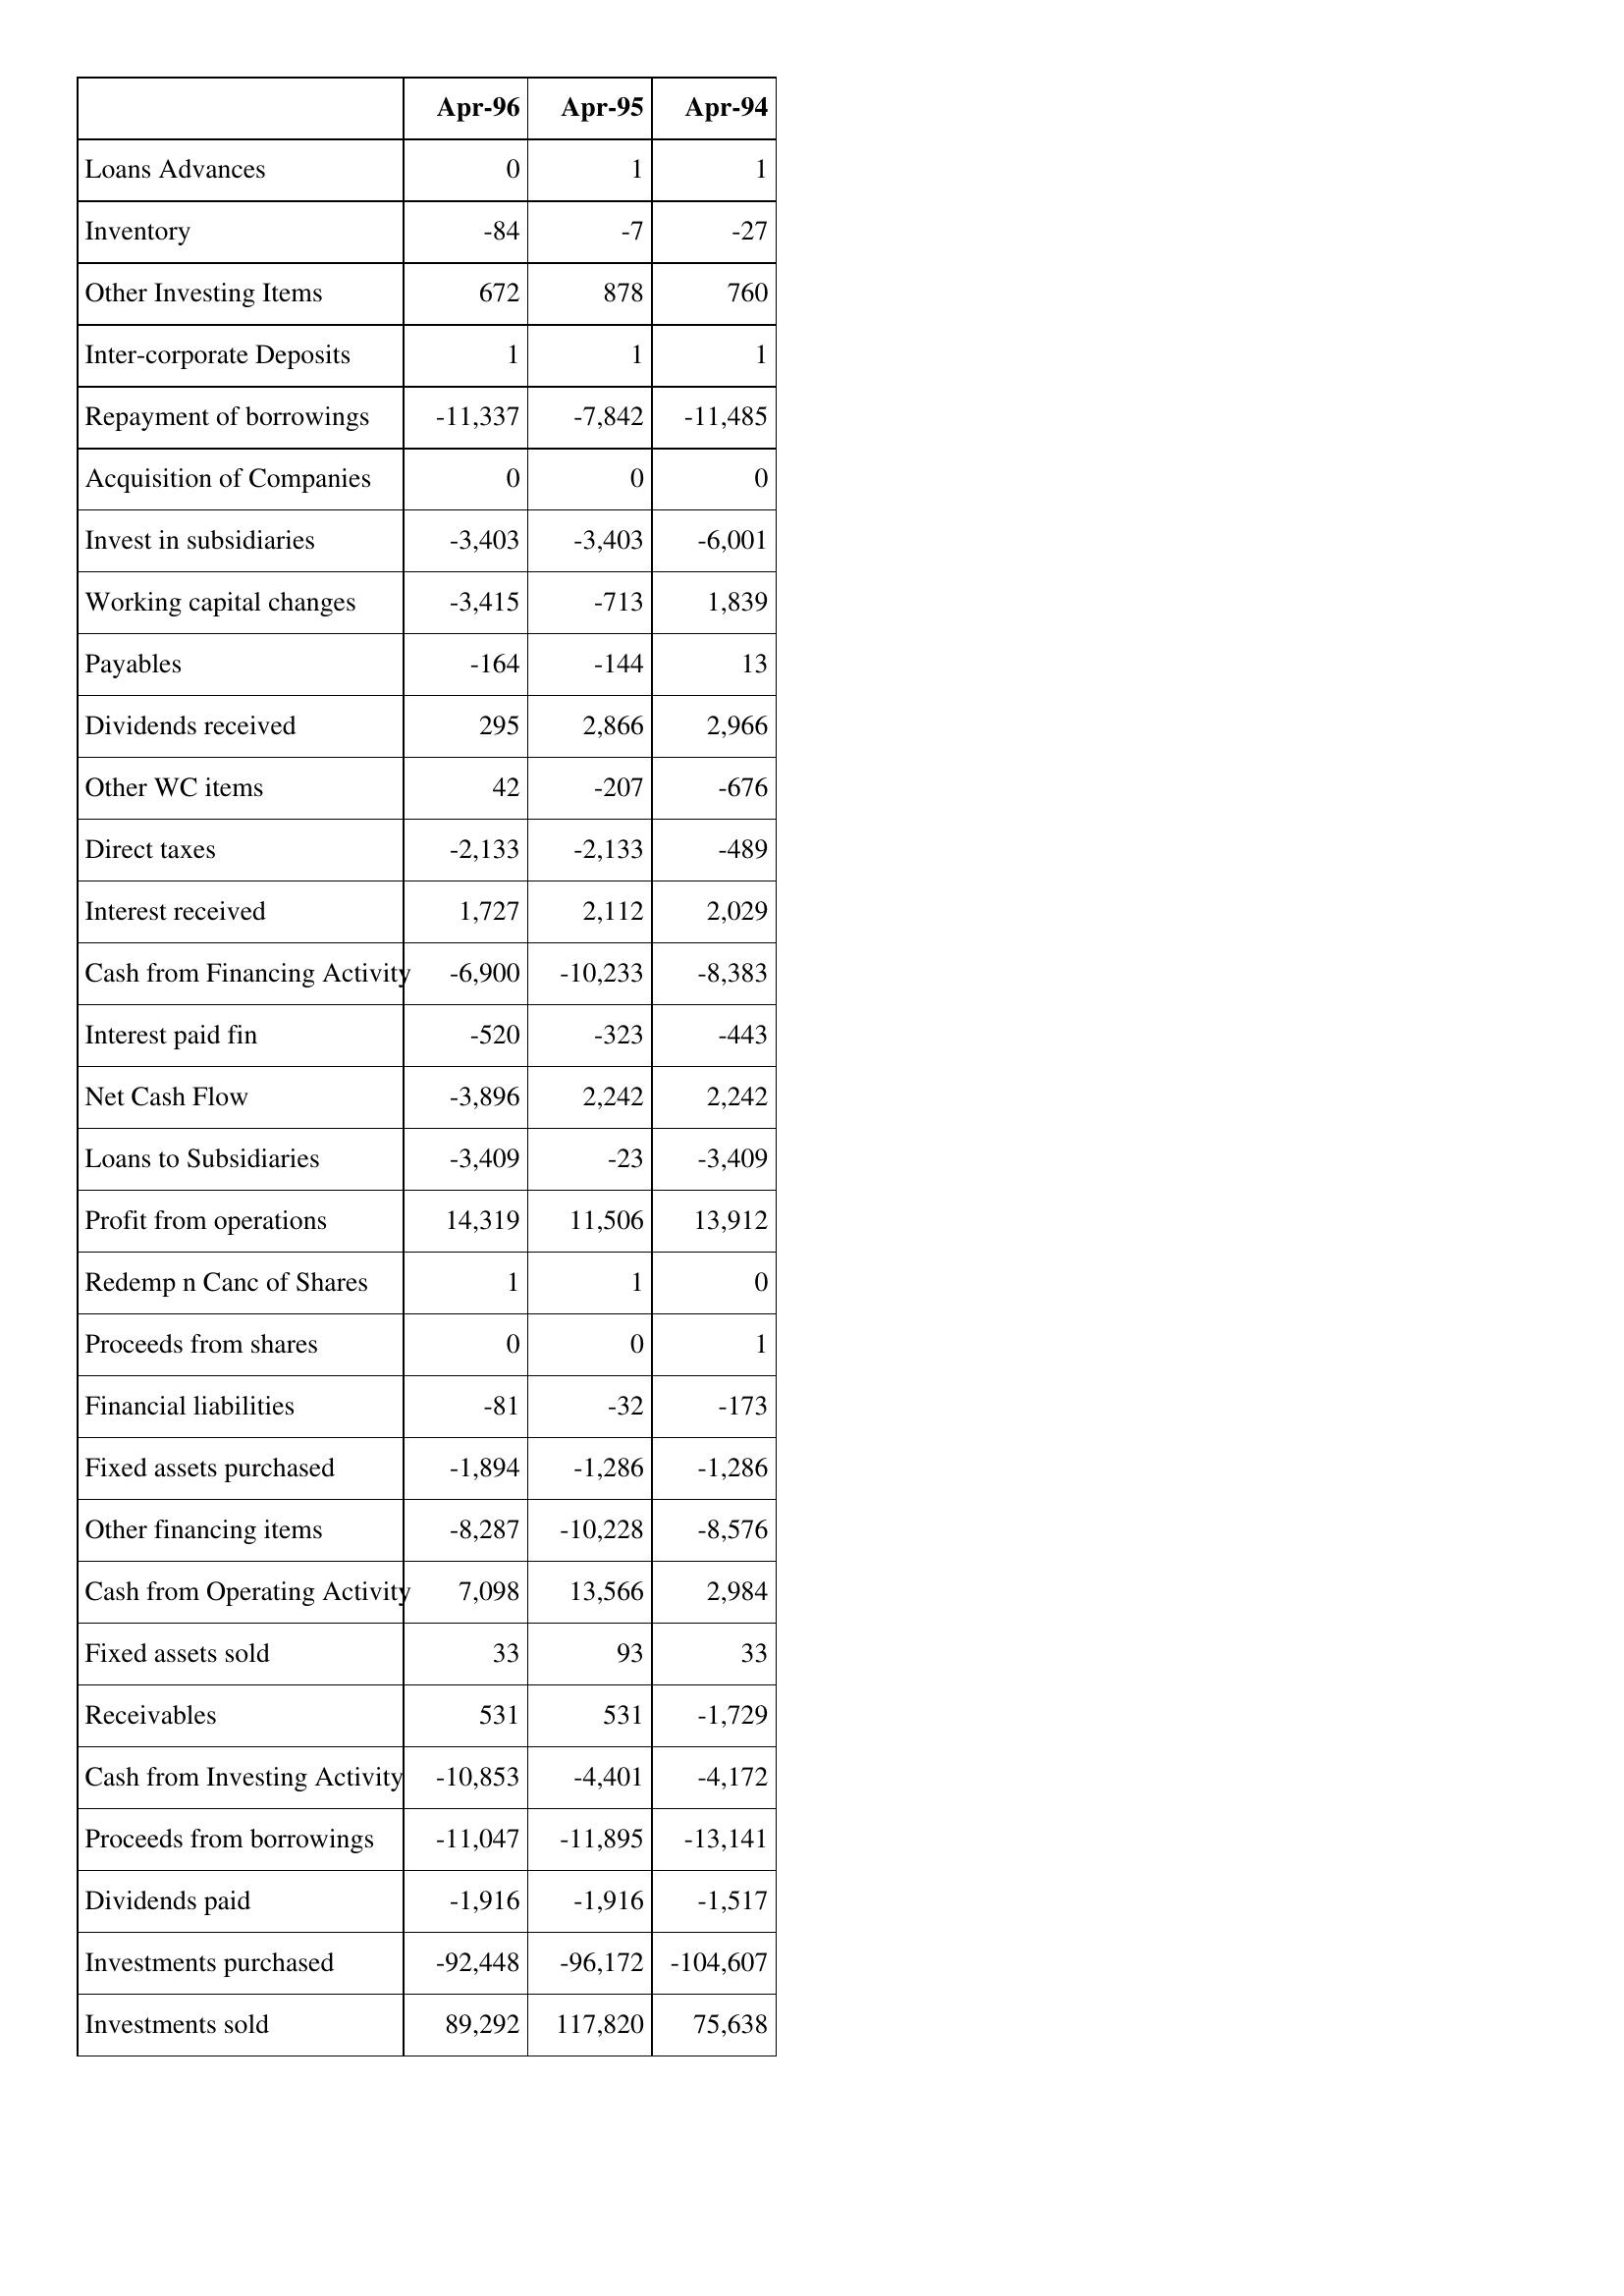
Apr-96: Cash Flows: Loans Advances: 0
Inventory: -84
Other Investing Items: 672
Inter-corporate Deposits: 1
Repayment of borrowings: -11,337
Acquisition of Companies: 0
Invest in subsidiaries: -3,403
Working capital changes: -3,415
Payables: -164
Dividends received: 295
Other WC items: 42
Direct taxes: -2,133
Interest received: 1,727
Cash from Financing Activity: -6,900
Interest paid fin: -520
Net Cash Flow: -3,896
Loans to Subsidiaries: -3,409
Profit from operations: 14,319
Redemp n Canc of Shares: 1
Proceeds from shares: 0
Financial liabilities: -81
Fixed assets purchased: -1,894
Other financing items: -8,287
Cash from Operating Activity: 7,098
Fixed assets sold: 33
Receivables: 531
Cash from Investing Activity: -10,853
Proceeds from borrowings: -11,047
Dividends paid: -1,916
Investments purchased: -92,448
Investments sold: 89,292
Apr-95: Cash Flows: Loans Advances: 1
Inventory: -7
Other Investing Items: 878
Inter-corporate Deposits: 1
Repayment of borrowings: -7,842
Acquisition of Companies: 0
Invest in subsidiaries: -3,403
Working capital changes: -713
Payables: -144
Dividends received: 2,866
Other WC items: -207
Direct taxes: -2,133
Interest received: 2,112
Cash from Financing Activity: -10,233
Interest paid fin: -323
Net Cash Flow: 2,242
Loans to Subsidiaries: -23
Profit from operations: 11,506
Redemp n Canc of Shares: 1
Proceeds from shares: 0
Financial liabilities: -32
Fixed assets purchased: -1,286
Other financing items: -10,228
Cash from Operating Activity: 13,566
Fixed assets sold: 93
Receivables: 531
Cash from Investing Activity: -4,401
Proceeds from borrowings: -11,895
Dividends paid: -1,916
Investments purchased: -96,172
Investments sold: 117,820
Apr-94: Cash Flows: Loans Advances: 1
Inventory: -27
Other Investing Items: 760
Inter-corporate Deposits: 1
Repayment of borrowings: -11,485
Acquisition of Companies: 0
Invest in subsidiaries: -6,001
Working capital changes: 1,839
Payables: 13
Dividends received: 2,966
Other WC items: -676
Direct taxes: -489
Interest received: 2,029
Cash from Financing Activity: -8,383
Interest paid fin: -443
Net Cash Flow: 2,242
Loans to Subsidiaries: -3,409
Profit from operations: 13,912
Redemp n Canc of Shares: 0
Proceeds from shares: 1
Financial liabilities: -173
Fixed assets purchased: -1,286
Other financing items: -8,576
Cash from Operating Activity: 2,984
Fixed assets sold: 33
Receivables: -1,729
Cash from Investing Activity: -4,172
Proceeds from borrowings: -13,141
Dividends paid: -1,517
Investments purchased: -104,607
Investments sold: 75,638